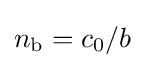
n_{\text{b}}=c_{0}/b